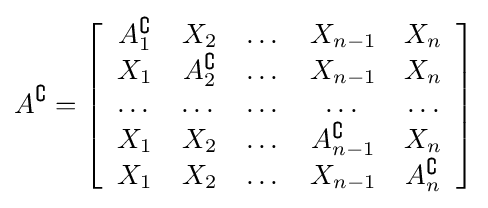
A^{\complement }=\left[{\begin{array}{ccccc}A_{1}^{\complement }&X_{2}&\dots &X_{n-1}&X_{n}\\X_{1}&A_{2}^{\complement }&\dots &X_{n-1}&X_{n}\\\dots &\dots &\dots &\dots &\dots \\X_{1}&X_{2}&\dots &A_{n-1}^{\complement }&X_{n}\\X_{1}&X_{2}&\dots &X_{n-1}&A_{n}^{\complement }\end{array}}\right]